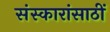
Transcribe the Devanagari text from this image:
संस्कारांसाठीं